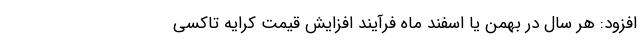
افزود: هر سال در بهمن یا اسفند ماه فرآیند افزایش قیمت کرایه تاکسی